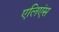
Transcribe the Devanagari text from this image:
एलिएंस